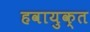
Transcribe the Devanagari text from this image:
हवायुक्त